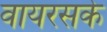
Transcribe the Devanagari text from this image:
वायरसके